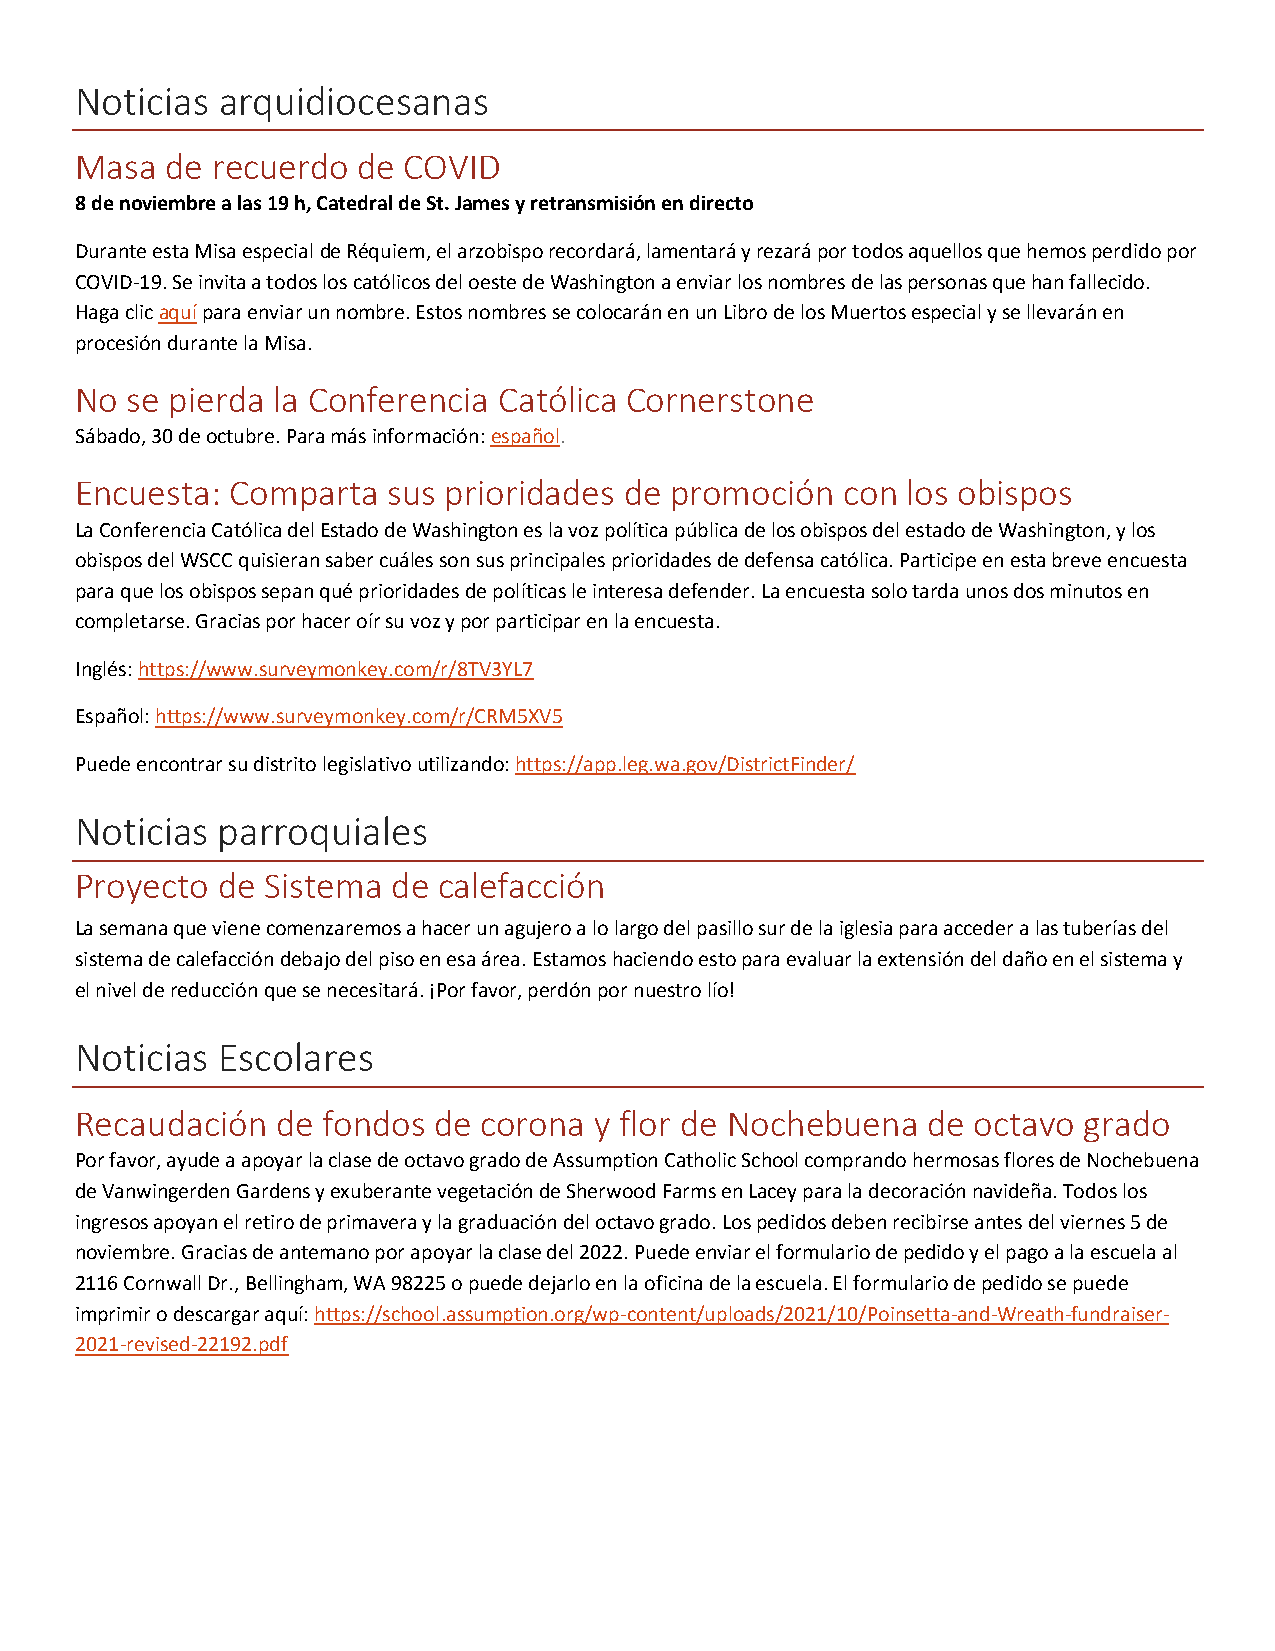
Noticias arquidiocesanas
 Masa  de recuerdo  de COVID
 8 de noviembre a las 19 h, Catedral de St. James y retransmisión en directo
 Durante esta Misa especial de Réquiem, el arzobispo recordará, lamentará y rezará por todos aquellos que hemos perdido por
 COVID-19. Se invita a todos los católicos del oeste de Washington a enviar los nombres de las personas que han fallecido.
 Haga clic aquí para enviar un nombre. Estos nombres se colocarán en un Libro de los Muertos especial y se llevarán en
 procesión durante la Misa.
 No se pierda la Conferencia Católica Cornerstone
 Sábado, 30 de octubre. Para más información: español.
 Encuesta: Comparta   sus prioridades de promoción  con los obispos
 La Conferencia Católica del Estado de Washington es la voz política pública de los obispos del estado de Washington, y los
 obispos del WSCC quisieran saber cuáles son sus principales prioridades de defensa católica. Participe en esta breve encuesta
 para que los obispos sepan qué prioridades de políticas le interesa defender. La encuesta solo tarda unos dos minutos en
 completarse. Gracias por hacer oír su voz y por participar en la encuesta.
 Inglés: https://www.surveymonkey.com/r/8TV3YL7
 Español: https://www.surveymonkey.com/r/CRM5XV5
 Puede encontrar su distrito legislativo utilizando: https://app.leg.wa.gov/DistrictFinder/
 Noticias parroquiales
 Proyecto de Sistema  de calefacción
 La semana que viene comenzaremos a hacer un agujero a lo largo del pasillo sur de la iglesia para acceder a las tuberías del
 sistema de calefacción debajo del piso en esa área. Estamos haciendo esto para evaluar la extensión del daño en el sistema y
 el nivel de reducción que se necesitará. ¡Por favor, perdón por nuestro lío!
 Noticias Escolares
 Recaudación  de fondos  de corona y flor de Nochebuena  de octavo  grado
 Por favor, ayude a apoyar la clase de octavo grado de Assumption Catholic School comprando hermosas flores de Nochebuena
 de Vanwingerden Gardens y exuberante vegetación de Sherwood Farms en Lacey para la decoración navideña. Todos los
 ingresos apoyan el retiro de primavera y la graduación del octavo grado. Los pedidos deben recibirse antes del viernes 5 de
 noviembre. Gracias de antemano por apoyar la clase del 2022. Puede enviar el formulario de pedido y el pago a la escuela al
 2116 Cornwall Dr., Bellingham, WA 98225 o puede dejarlo en la oficina de la escuela. El formulario de pedido se puede
 imprimir o descargar aquí: https://school.assumption.org/wp-content/uploads/2021/10/Poinsetta-and-Wreath-fundraiser-
 2021-revised-22192.pdf